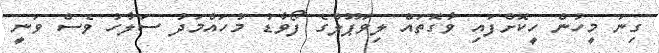
ގިނަ މީހުން ހީކޮށްފައި ވާގޮތައް ލިވަޕޫލްގެ ފޯވާޑު މުހައްމަދު ސަލާހު ވެސް ވަނީ